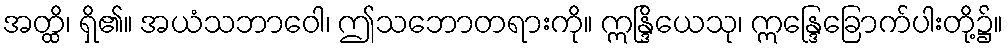
အတ္ထိ၊ ရှိ၏။ အယံသဘာဝေါ၊ ဤသဘောတရားကို။ ဣန္ဒြိယေသု၊ ဣန္ဒြေခြောက်ပါးတို့၌။